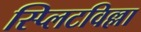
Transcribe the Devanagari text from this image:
स्प्लिटविल्ला